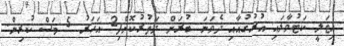
އިޓަލީ ކަޓުވާލައި އުރުގުއާއި ދެވަނަ ބުރަށް ދަތުރުކޮށްފި2 އަހަރު 5 މަސް ކުރިން.